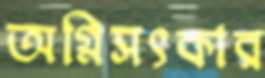
অগ্নিসৎকার